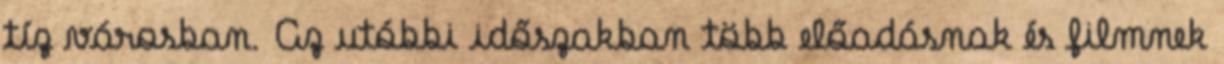
tíz városban. Az utóbbi időszakban több előadásnak és filmnek